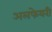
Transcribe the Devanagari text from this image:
अलफेयरी